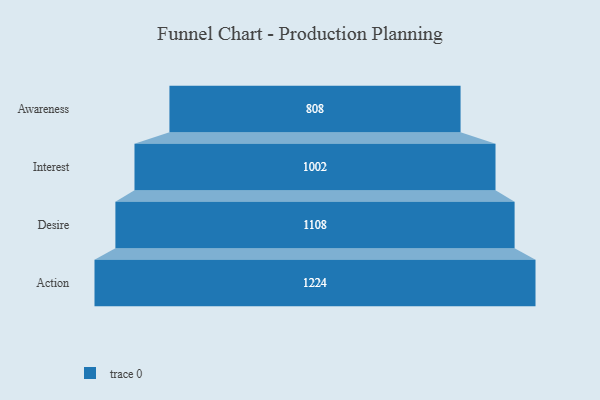
{"axis": {"x": "Stage", "y": "Value"}, "legend": [""], "data": [{"x": "Awareness", "y": 808.0, "type": ""}, {"x": "Interest", "y": 1002.0, "type": ""}, {"x": "Desire", "y": 1108.0, "type": ""}, {"x": "Action", "y": 1224.0, "type": ""}]}